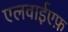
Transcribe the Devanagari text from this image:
एलवाईएफ़